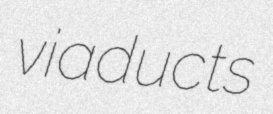
viaducts